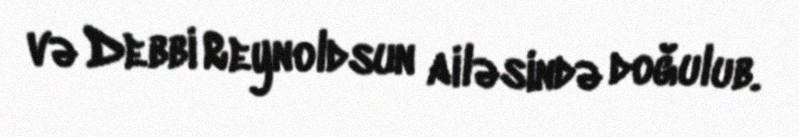
və Debbi Reynoldsun ailəsində doğulub.